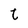
Character: t